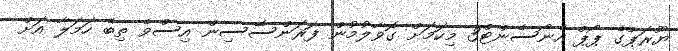
ޔޫރަޕްގެ ޕޯޕް އެނޯސެންޓް3 މިކަމަށް ގޮވާލުމުން ފަރަންސޭސިން އިސްވެ ތިބެ ހަމަލާ އަށް